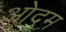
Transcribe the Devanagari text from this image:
ओदुम